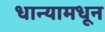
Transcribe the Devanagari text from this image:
धान्यामधून